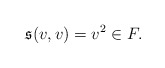
\begin{align*}\mathfrak{s}(v,v)=v^2\in F.\end{align*}